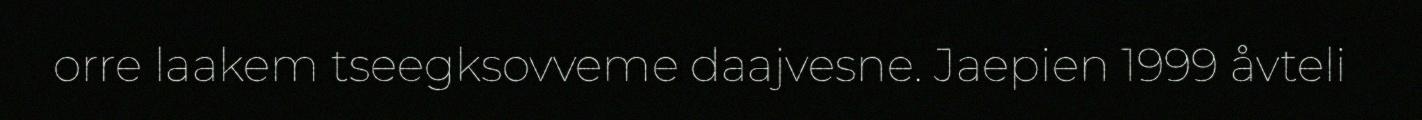
orre laakem tseegksovveme daajvesne. Jaepien 1999 åvteli